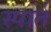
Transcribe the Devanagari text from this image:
स्पार्त